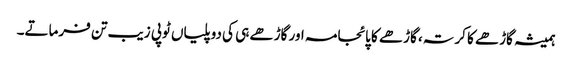
ہمیشہ گاڑھے کا کرتہ، گاڑھے کا پائجامہ اور گاڑھے ہی کی دوپلیاں ٹوپی زیب تن فرماتے۔